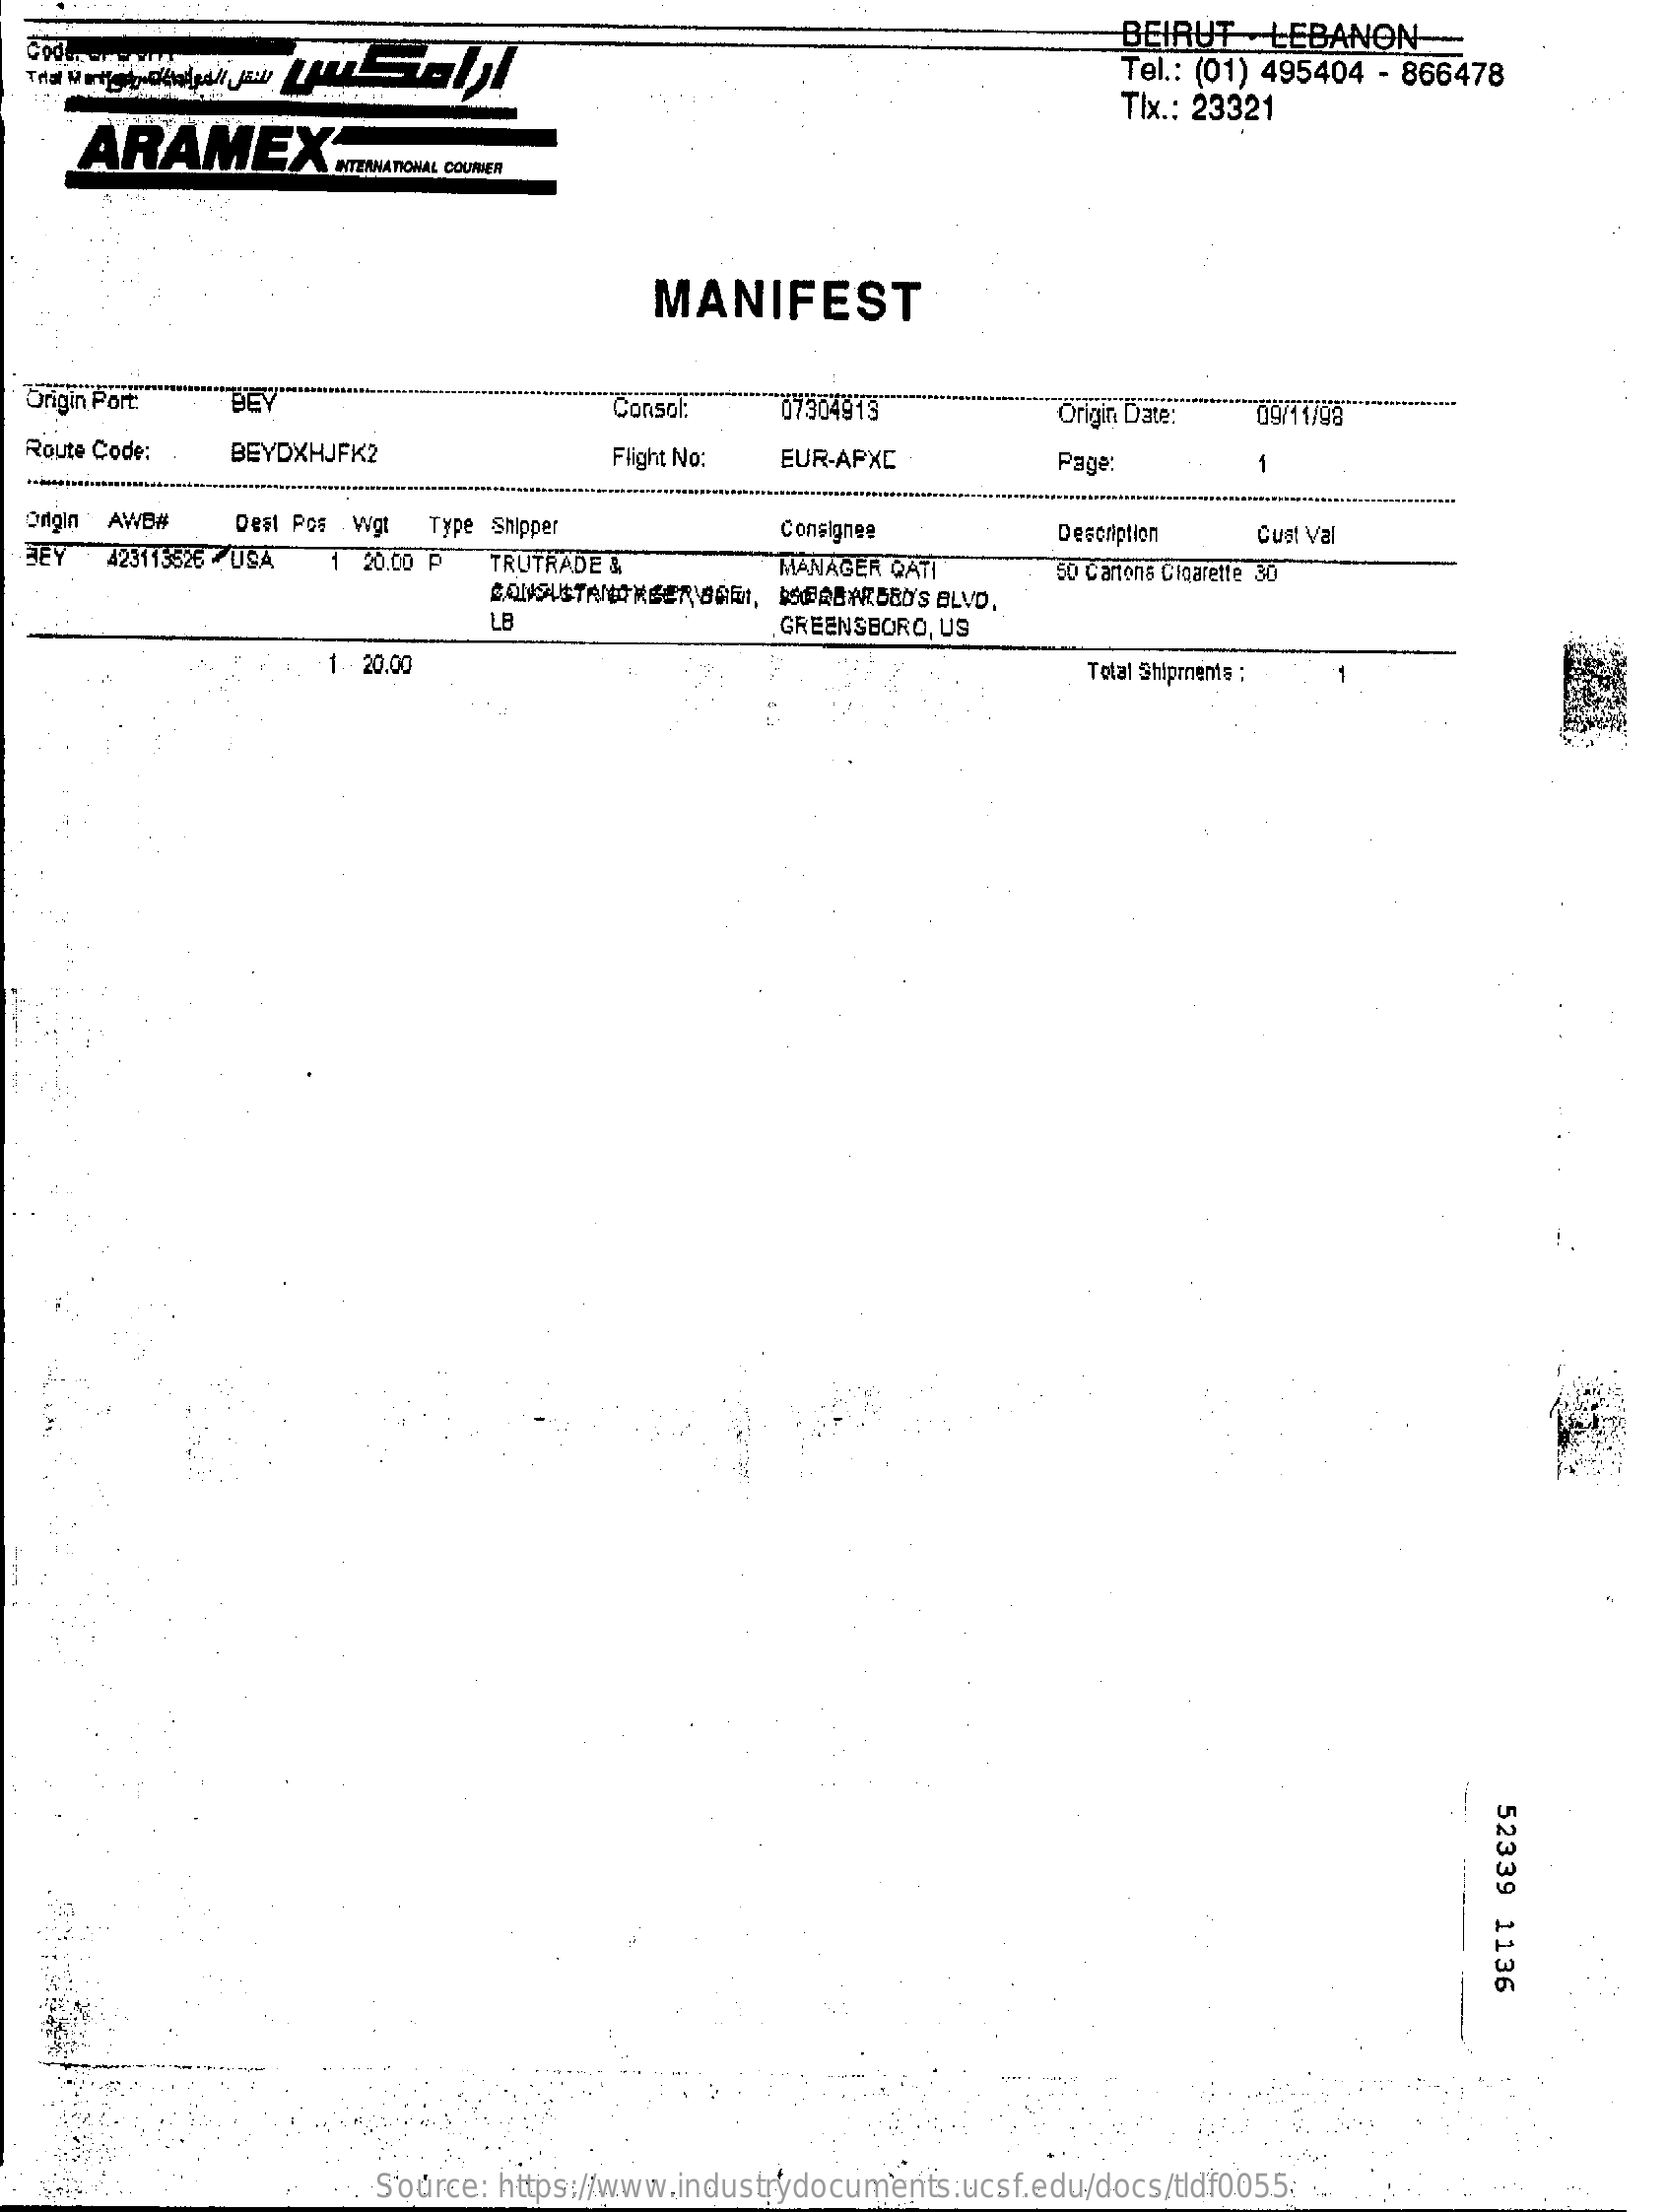
BEIRUT   LEBANON
     Tel .: (01) 495404 - 866478
     ARAMEX
     TIx .: 23321
     INTERNATIONAL COURIER
     MANIFEST
  Origin Port:    Consor.    07304913    Origin Date:
  Route Code:   BEYDXHJFK2    Flight No: EUR-APXC    Page:    1
  Origin AWB#   Dest Pos _ Wgt
  BEY
     Type Shipper    Consignee
     423115526 7USA 1 20.00 P TRUTRADE &
     Description  Cust Val
     MANAGER QATI
     CONSUSTANORGER OGGI, DOORBARBED'S BLVD.
     50 Cartons Cigarette 30
     LB    GREENSBORO, US
     1  20.00    Total Shipments :
     -
     4
     :
     52339
     1136
     Source: https://www.industrydocuments.ucsf.edu/docs/tldf0055